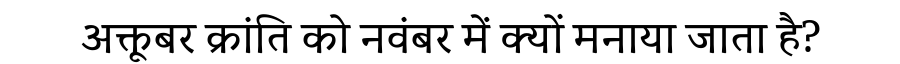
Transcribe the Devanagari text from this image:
अक्तूबर क्रांति को नवंबर में क्यों मनाया जाता है?